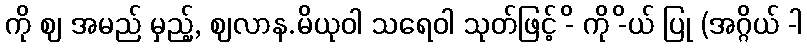
ကို ဈ အမည် မှည့်, ဈလာန.မိယုဝါ သရေဝါ သုတ်ဖြင့် -ိ ကို -ိယ် ပြု (အဂ္ဂိယ် -ါ